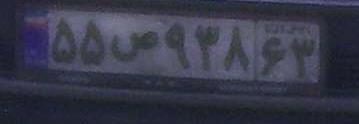
۵۵ص۹۳۸۶۳